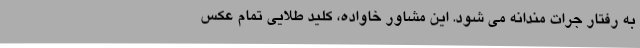
به رفتار جرات مندانه می شود. این مشاور خاواده، کلید طلایی تمام عکس